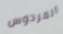
الفردوس